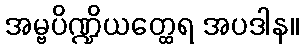
အမ္ဗပိဏ္ဍိယတ္ထေရ အပဒါန။